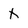
Character: X